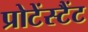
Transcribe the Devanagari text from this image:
प्रोटेंस्टैंट